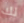
لك